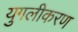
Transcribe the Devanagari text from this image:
युगलीकरण